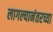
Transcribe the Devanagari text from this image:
लागल्यानंतरच्या